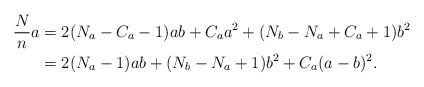
LaTeX: \begin{align*} \frac N n a &= 2(N_a-C_a-1)ab+C_a a^2 + (N_b-N_a+C_a+1)b^2 \\ &= 2(N_a-1) ab + (N_b-N_a+1)b^2 + C_a(a-b)^2. \end{align*}